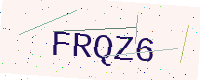
Text: FRQZ6